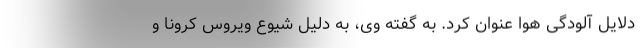
دلایل آلودگی هوا عنوان کرد. به گفته وی، به دلیل شیوع ویروس کرونا و